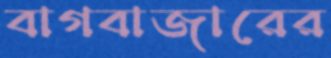
বাগবাজারের